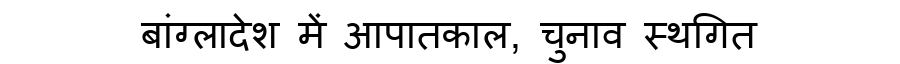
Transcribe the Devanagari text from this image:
बांग्लादेश में आपातकाल, चुनाव स्थगित